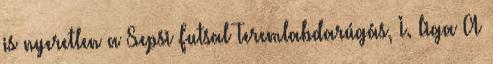
is nyeretlen a Sepsi Futsal Teremlabdarúgás, I. liga A